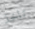
تاخذ